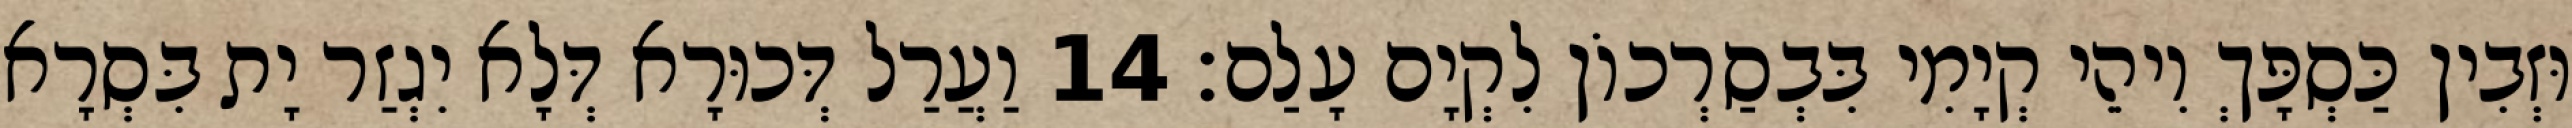
וּזְבִין כַּסְפָּךְ וִיהֵי קְיָמִי בִּבְסַרְכוֹן לִקְיָם עָלַם׃ 14 וַעֲרַל דְּכוּרָא דְּלָא יִגְזַר יָת בִּסְרָא